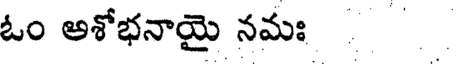
ఓం అశోభనాయై నమః